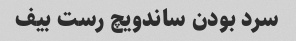
سرد بودن ساندویچ رست بیف